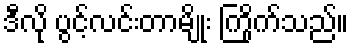
ဒီလို ပွင့်လင်းတာမျိုး ကြိုက်သည်။